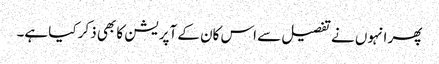
پھر انہوں نے تفصیل سے اس کان کے آپریشن کا بھی ذکر کیا ہے۔